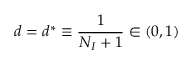
d = d ^ { * } \equiv \frac { 1 } { N _ { I } + 1 } \in ( 0 , 1 )